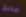
صحيح